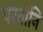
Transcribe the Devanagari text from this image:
परतोनि